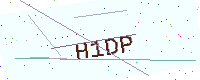
Text: H1DP